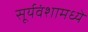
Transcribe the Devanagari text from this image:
सूर्यवंशामध्ये